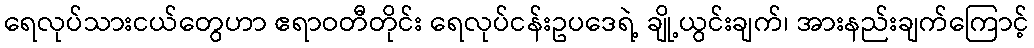
ရေလုပ်သားငယ်တွေဟာ ဧရာဝတီတိုင်း ရေလုပ်ငန်းဥပဒေရဲ့ ချို့ယွင်းချက်၊ အားနည်းချက်ကြောင့်